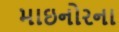
માઇનોરના